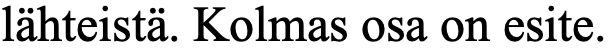
lähteistä. Kolmas osa on esite.